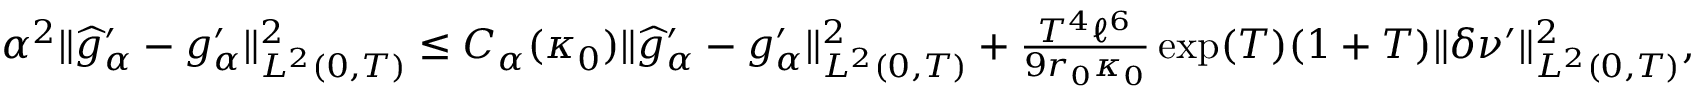
\begin{array} { r } { \alpha ^ { 2 } \Vert \widehat { g } _ { \alpha } ^ { \prime } - g _ { \alpha } ^ { \prime } \Vert _ { L ^ { 2 } ( 0 , T ) } ^ { 2 } \leq C _ { \alpha } ( \kappa _ { 0 } ) \Vert \widehat { g } _ { \alpha } ^ { \prime } - g _ { \alpha } ^ { \prime } \Vert _ { L ^ { 2 } ( 0 , T ) } ^ { 2 } + \frac { T ^ { 4 } \ell ^ { 6 } } { 9 r _ { 0 } \kappa _ { 0 } } \exp ( T ) ( 1 + T ) \Vert \delta \nu ^ { \prime } \Vert _ { L ^ { 2 } ( 0 , T ) } ^ { 2 } , } \end{array}